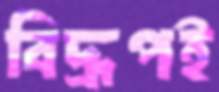
বিদ্রূপই